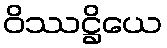
ဝိဿဋ္ဌိယေ